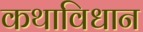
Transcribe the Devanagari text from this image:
कथाविधान